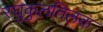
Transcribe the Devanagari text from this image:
रघुकुलतिलकं